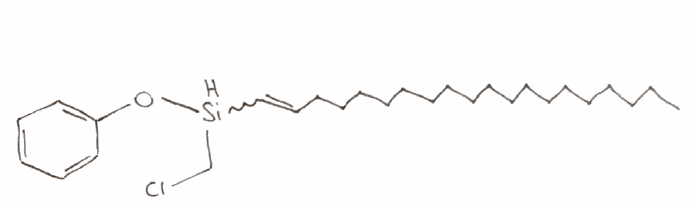
Simplified molecular-input line-entry system (SMILES) notation of the given molecule:
CCCCCCCCCCCCCCCCCCC=C[SiH](CCl)OC1=CC=CC=C1